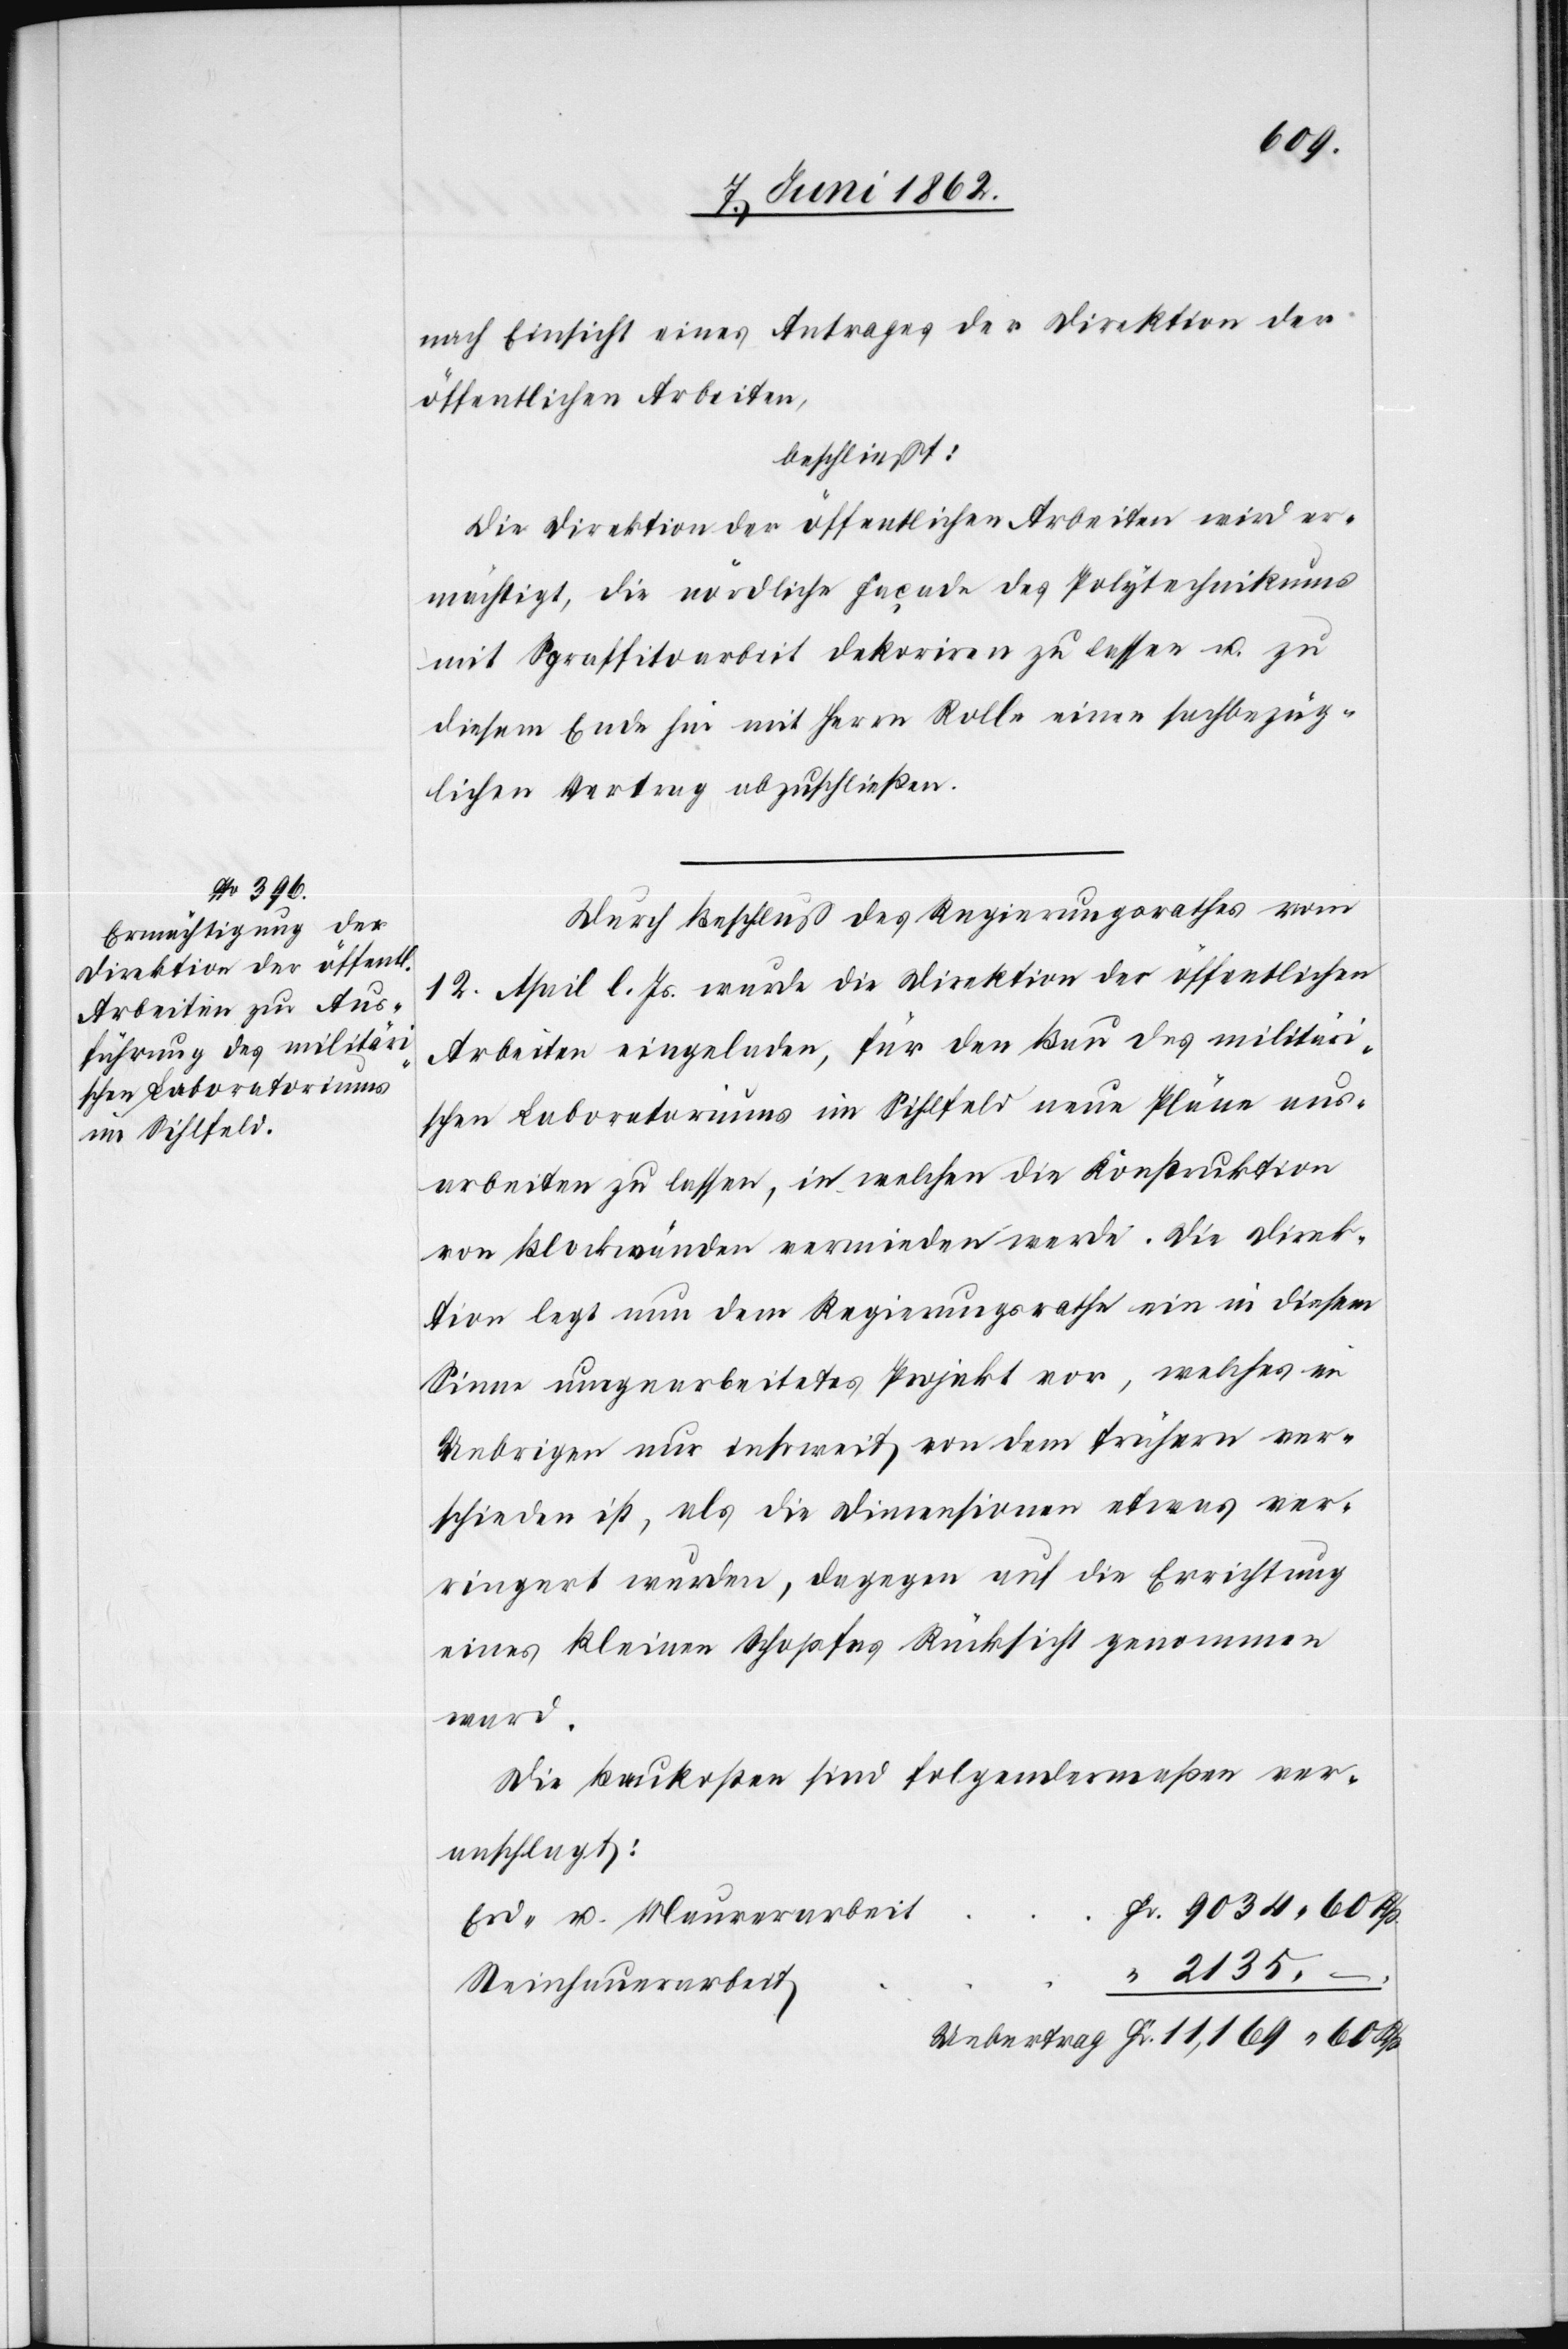
nach Einsicht eines Antrages der Direktion der
öffentlichen Arbeiten,
beschließt:
Die Direktion der öffentlichen Arbeiten wird er¬
mächtigt, die nördliche Façade des Polytechnikums
mit Sgraffitoarbeit dekoriren zu lassen u. zu
diesem Ende hin mit Herrn Rolle einen sachbezüg¬
lichen Vertrag abzuschließen.
Durch Beschluß des Regierungsrathes vom
12. April l. Js. wurde die Direktion der öffentliche
Arbeiten eingeladen, für den Bau des militär¬
ischen Laboratoriums im Sihlfeld neue Pläne aus¬
arbeiten zu lassen, in welchen die Konstruktion
von Blockwänden vermieden werde. Die Direk¬
tion legt nun dem Regierungsrathe ein in diesem
Sinne umgearbeitetes Projekt vor, welches in
Uebrigen nur insoweit von dem frühern ver¬
schieden ist, als die Dimensionen etwas ver¬
ringert wurden, dagegen auf die Errichtung
eines kleinen Schopfes Rücksicht genommen
ward.
Die Baukosten sind folgendermaßen ver¬
anschlagt:
Erd- u. Maurerarbeit
2135
Steinhausarbeit